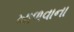
ખાળવાના